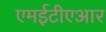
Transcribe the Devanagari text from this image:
एमईटीएआर